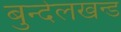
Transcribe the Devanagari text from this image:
बुन्देलखन्ड